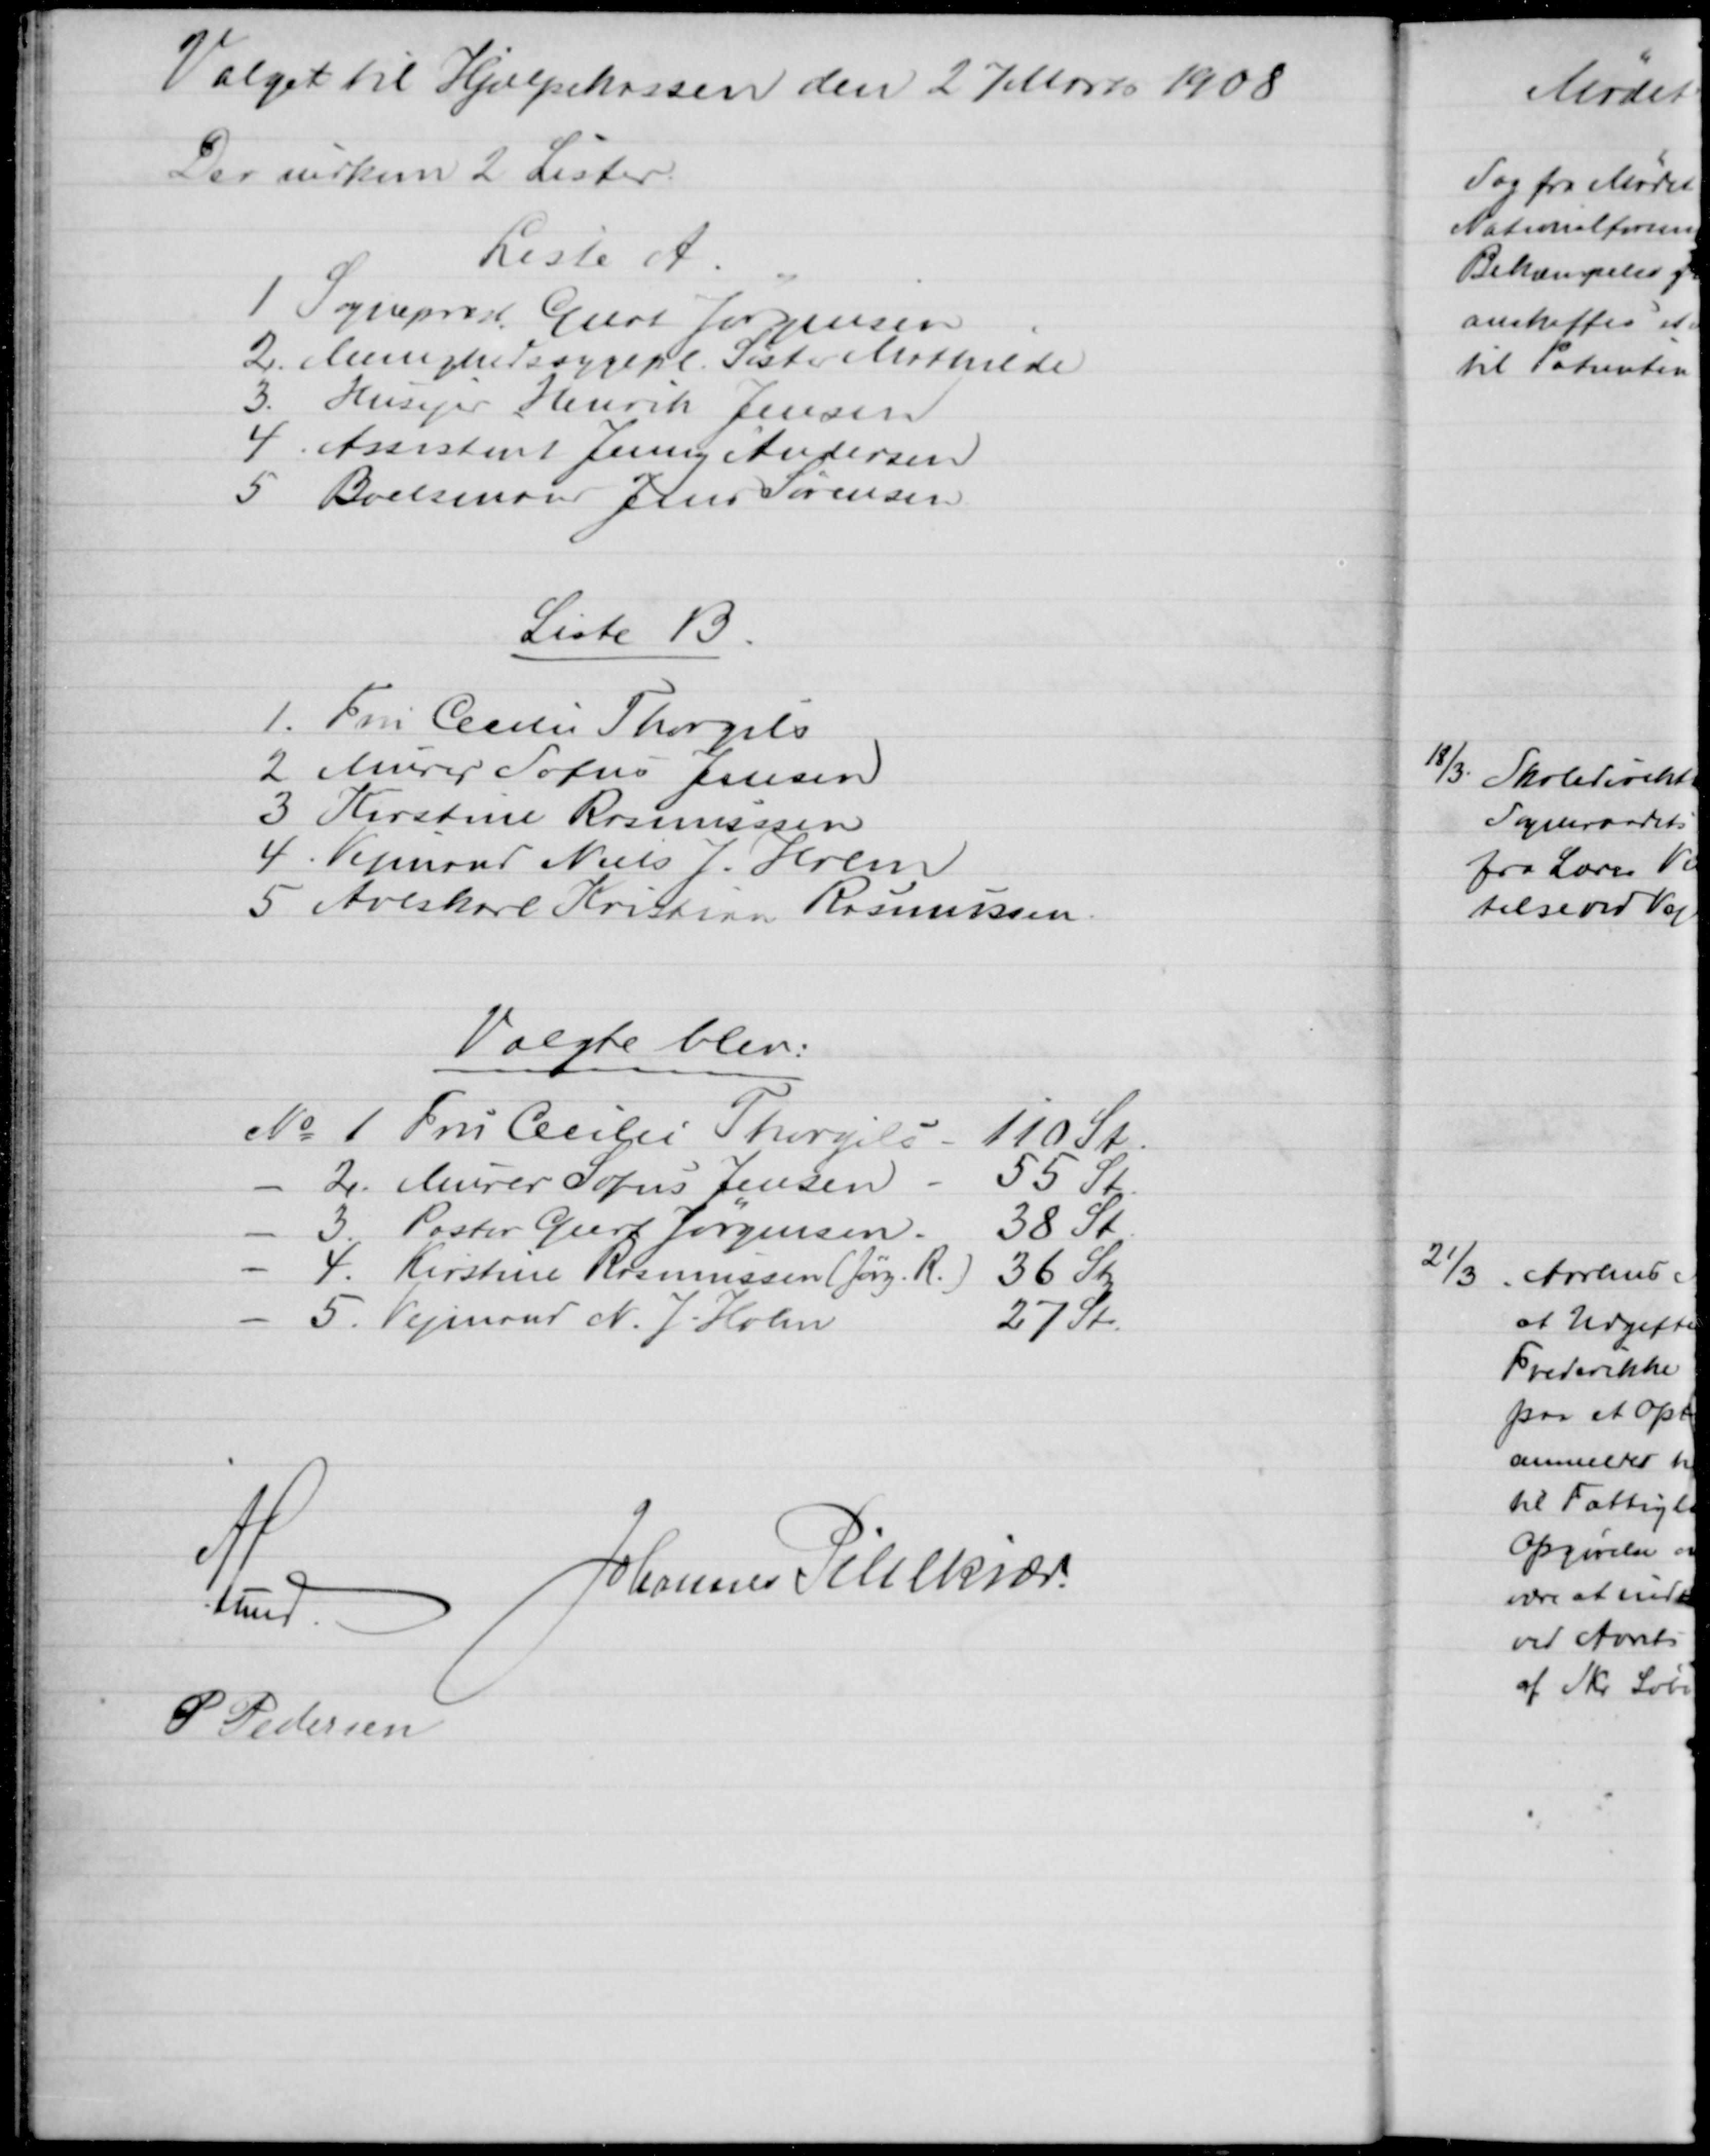
Transskription:
Valget til Hjælpekassen den 27 Marts 1908
Der indkom 2 Lister.
Liste A.
1 Sognepræst Geert Jørgensen
2. Menighedssygepl Søster Mathilde
3. Husejer Henrik Jensen
4 Assistent Jenny Andersen
5 Boelsmand Jens Sørensen
Liste B.
1. Fru Cecilie Thorgils
2 Murer Sofus Jensen
3 Kirstine Rasmussen
4. Vejmand Niels J. Holm
5 Avlskarl Kristian Rasmussen
Valgte blev:
№ 1. Fru Cecilie Thorgils
110 St.
2. Murer Sofus Jensen
55 St.
3. Pastor Geert Jørgensen.
38 St
4. Kirstine Rasmussen (Jørg. R.) 36 St.
5. Vejmand N. J. Holm
27 St.
A. Lund
Johannes Pihlkjær.
P Pedersen